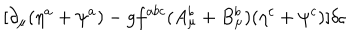
LaTeX: [ \partial _ { \mu } ( \eta ^ { a } + \psi ^ { a } ) - g f ^ { a b c } ( A _ { \mu } ^ { b } + B _ { \mu } ^ { b } ) ( \eta ^ { c } + \psi ^ { c } ) ] \delta \varsigma